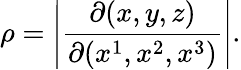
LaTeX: \rho=\left|{\frac{\partial(x,y,z)}{\partial(x^{1},x^{2},x^{3})}}\right|.